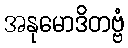
အနုမောဒိတဗ္ဗံ